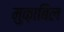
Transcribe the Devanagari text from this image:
मुक़ाबिल